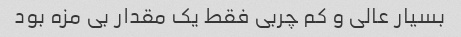
بسیار عالی و کم چربی فقط یک مقدار بی مزه بود